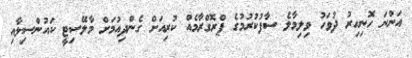
އަންނަ ހޮނިހިރު ދުވަހު ވިލިމާލެ ސާފުކުރުމުގެ ޕްރޮގްރާމެއް ކުރިއަށް ގެންދިއުމަށް މާލޭސިޓީ ކައުންސިލާއި